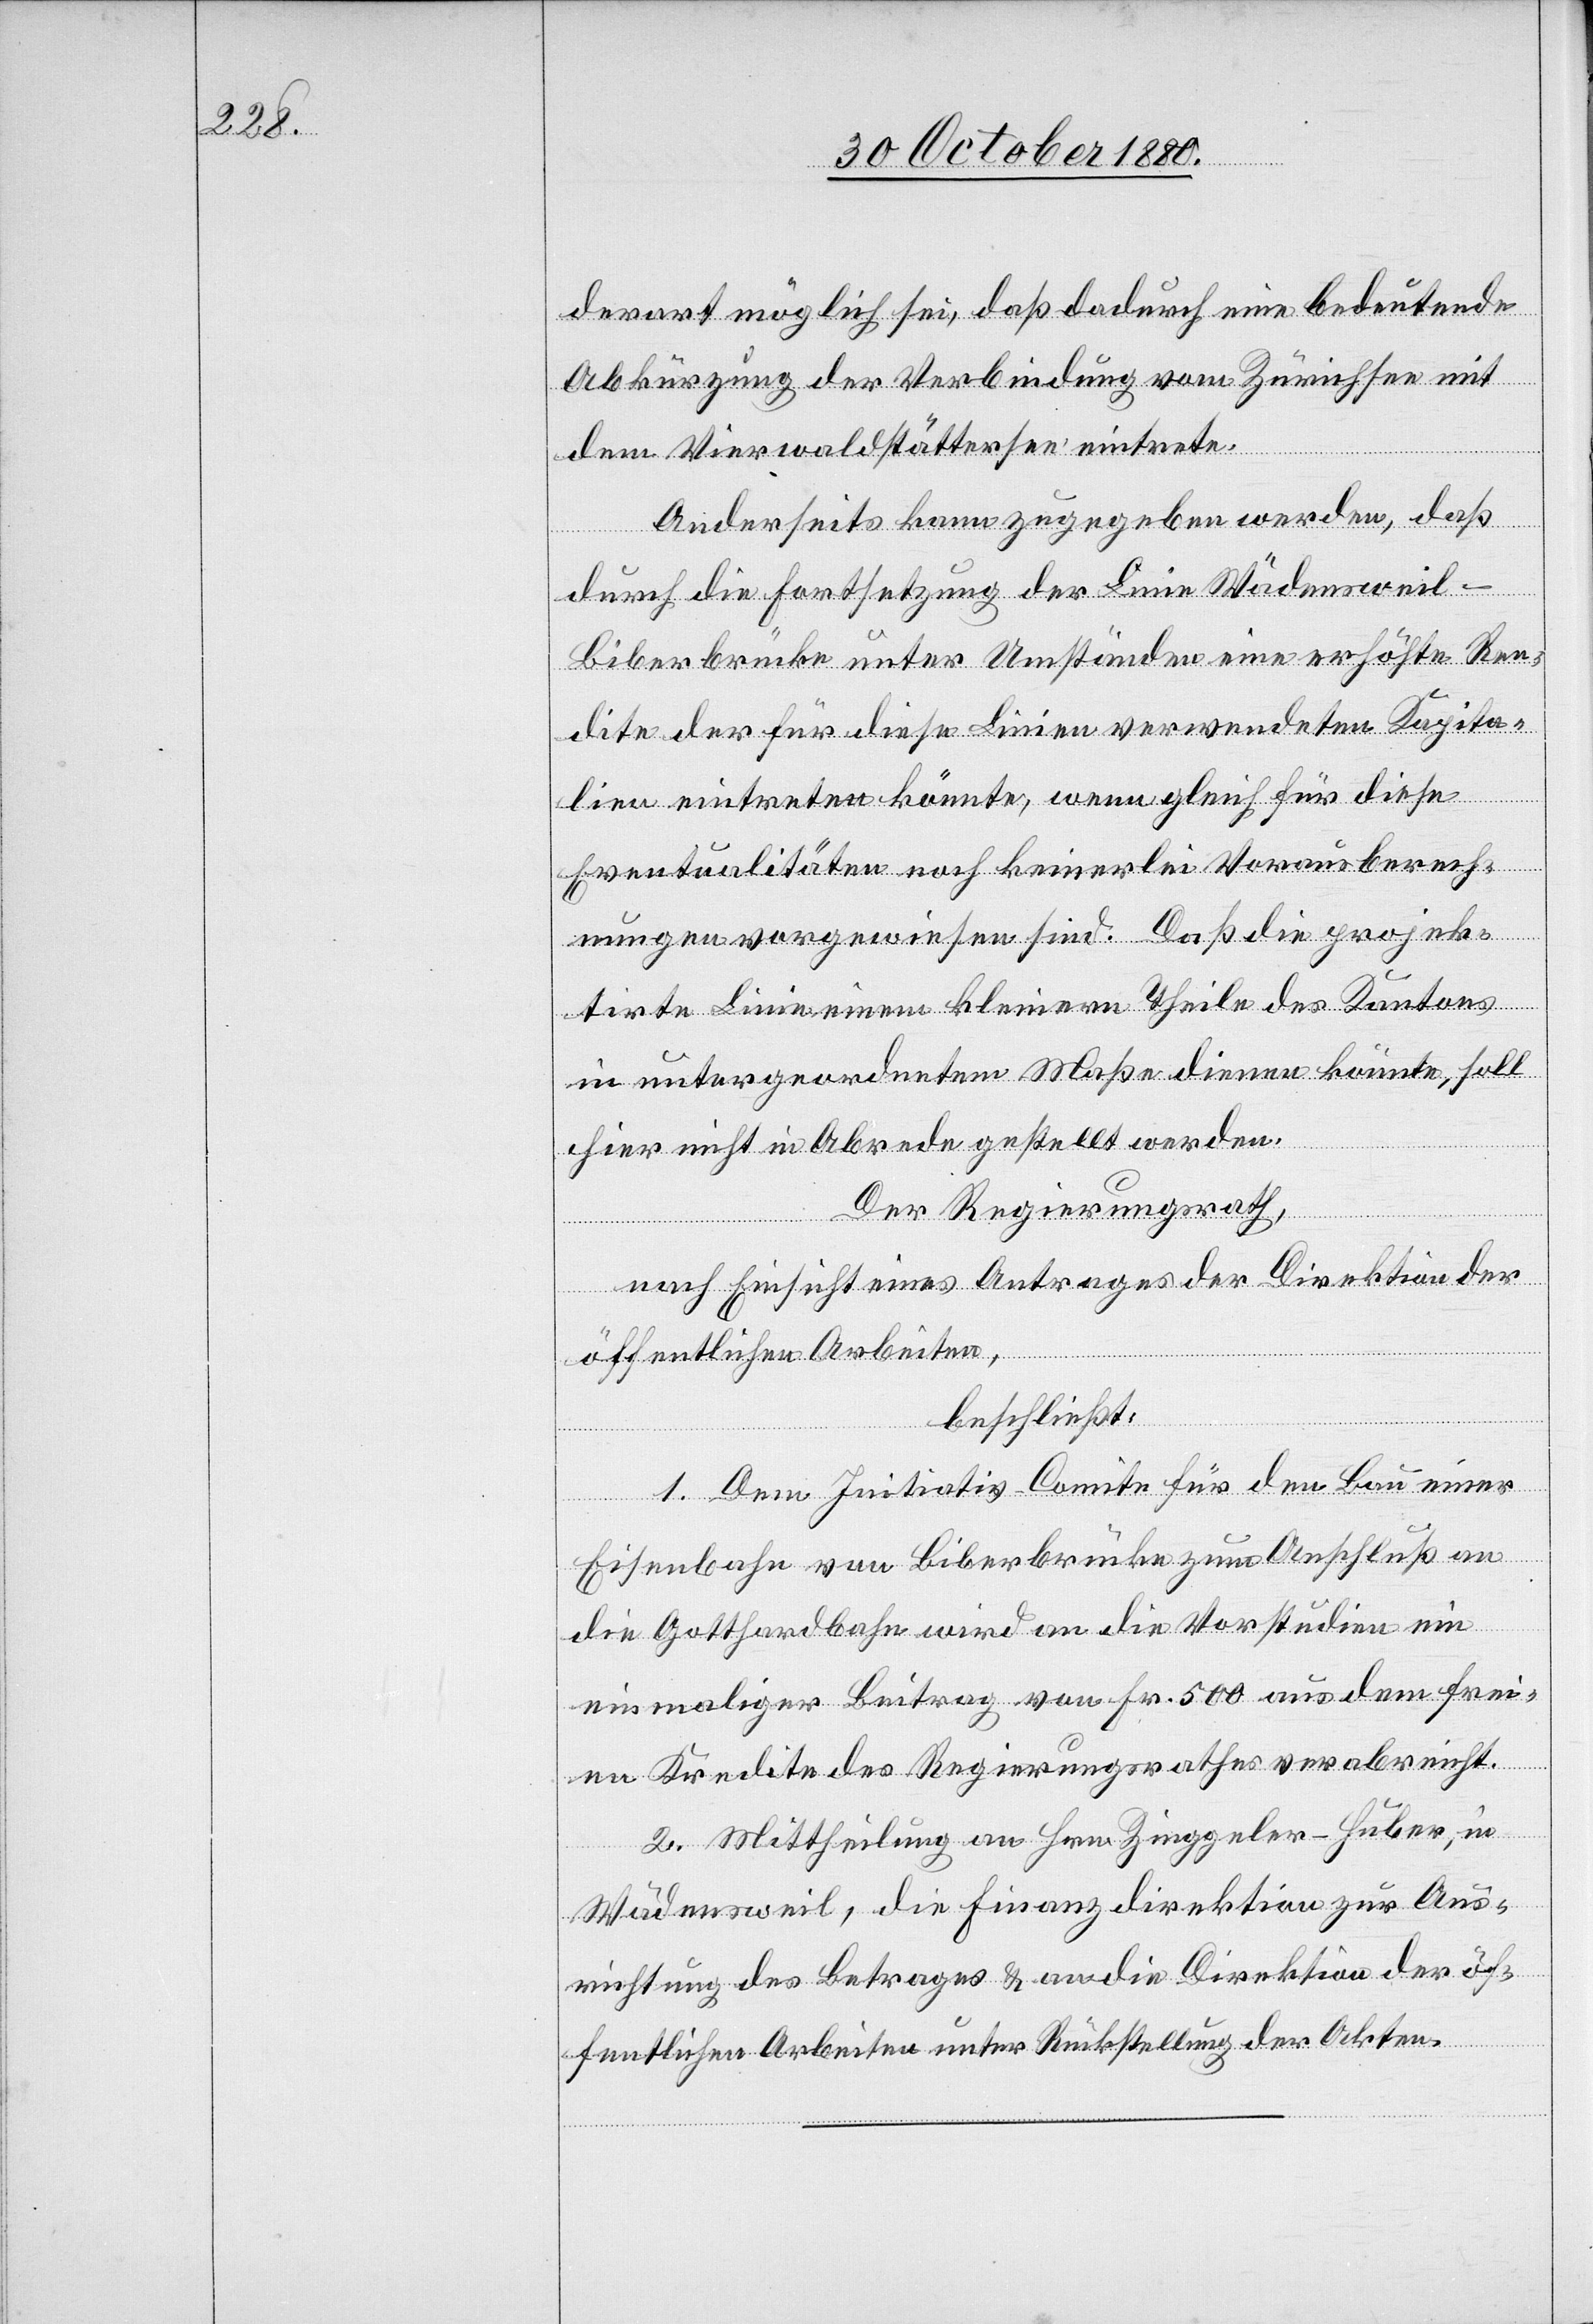
derart möglich sei, daß dadurch eine bedeutende
Abkürzung der Verbindung vom Zürichsee mit
dem Vierwaldstättersee eintrete.
Anderseits kann zugegeben werden, daß
durch die Fortsetzung der Linie Wädensweil–B¬
iberbrücke unter Umständen eine erhöhte Ren¬
dite der für diese Linien verwendeten Kapita¬
lien eintreten könnte, wenn gleich für diese
Eventualitäten noch keinerlei Vorausberech¬
nungen vorgewiesen sind. Daß die projek¬
tirte Linie einem kleinern Theile des Kantons
in untergeordneten Maße dienen könnte, soll
hier nicht in Abrede gestellt werden.
Der Regierungsrath,
nach Einsicht eines Antrages der Direktion der
öffentlichen Arbeiten,
beschließt:
1. Dem Initiativ-Comite für den Bau einer
Eisenbahn von Biberbrücke zum Anschluß an
die Gotthardbahn wird an die Vorstudien ein
einmaliger Beitrag von Fr. 500 aus dem frei¬
en Kredite des Regierungsrathes verabreicht.
2. Mittheilung an Hrn. Zinggeler-Huber, in
Wädensweil, die Finanzdirektion zur Aus¬
richtung des Betrages & an die Direktion der öf¬
fentlichen Arbeiten unter Rückstellung der Akten.